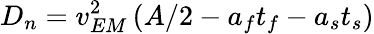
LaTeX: D_{n}=v_{EM}^{2}\left(A/2-a_{f}t_{f}-a_{s}t_{s}\right)